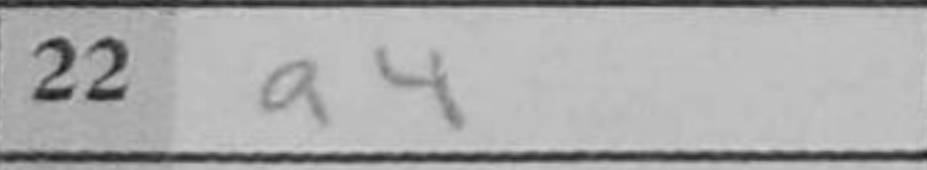
Transcription: a4